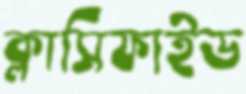
ক্লাসিফাইড